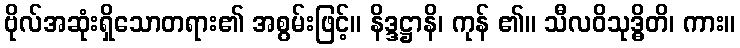
ဗိုလ်အဆုံးရှိသောတရား၏ အစွမ်းဖြင့်။ နိဒ္ဒဋ္ဌာနိ၊ ကုန် ၏။ သီလဝိသုဒ္ဓိတိ၊ ကား။